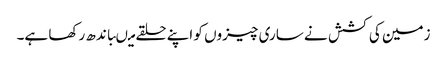
زمین کی کشش نے ساری چیزوں کو اپنے حلقے میںباندھ رکھا ہے۔